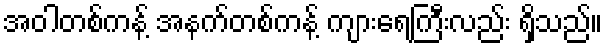
အဝါတစ်ကန့် အနက်တစ်ကန့် ကျားရေကြီးလည်း ရှိသည်။